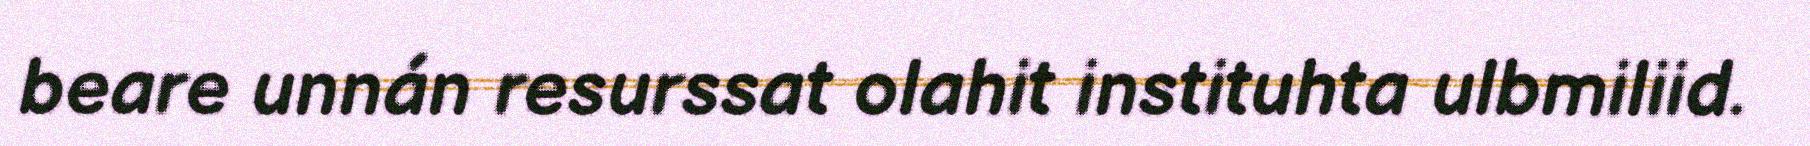
beare unnán resurssat olahit instituhta ulbmiliid.